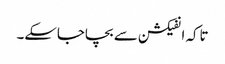
تاکہ انفیکشن سے بچاجاسکے۔